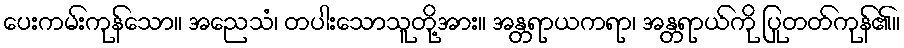
ပေးကမ်းကုန်သော။ အညေသံ၊ တပါးသောသူတို့အား။ အန္တရာယကရာ၊ အန္တရာယ်ကို ပြုတတ်ကုန်၏။